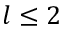
l \leq 2